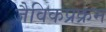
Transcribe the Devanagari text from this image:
जैविकप्रक्रम